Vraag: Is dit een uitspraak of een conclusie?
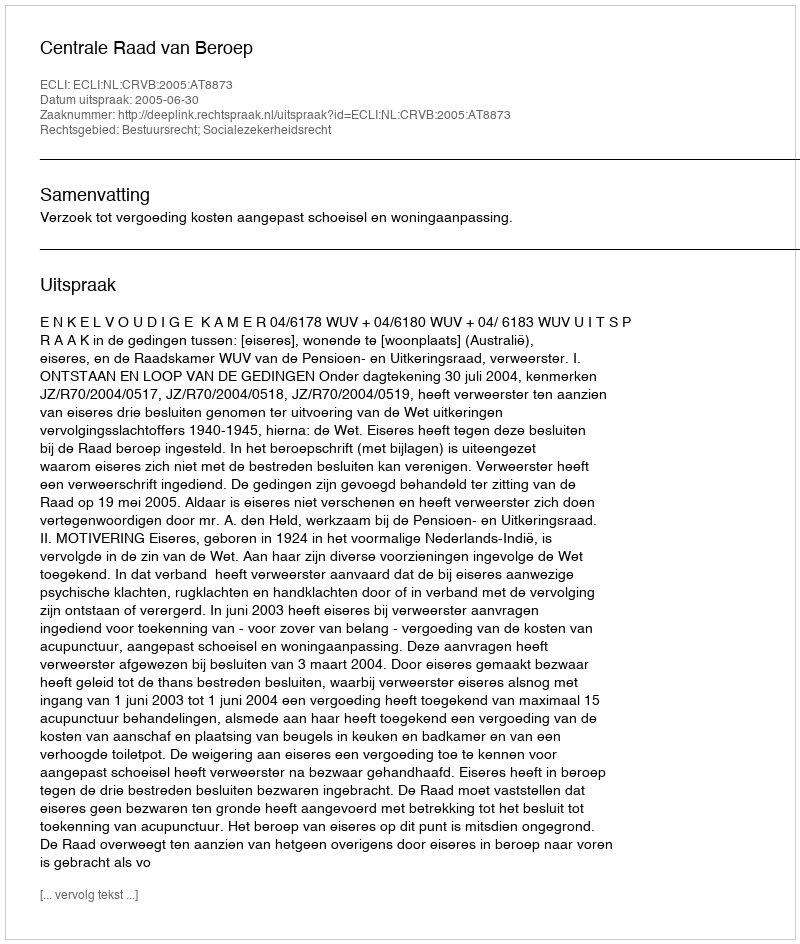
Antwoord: Uitspraak